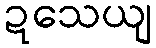
ဍသေယျ